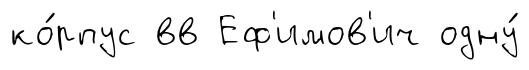
ко́рпус вв Еф'имов'ич одну́